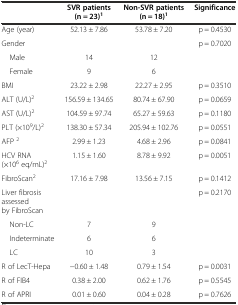
|  | SVR patients (n = 23)1 | Non-SVR patients (n = 18)1 | Significance |
 | --- | --- | --- | --- |
 | Age (year) | 52.13 ± 7.86 | 53.78 ± 7.20 | p = 0.4530 |
 | Gender |  |  | p = 0.7020 |
 | Male | 14 | 12 |  |
 | Female | 9 | 6 |  |
 | BMI | 23.22 ± 2.98 | 22.27 ± 2.95 | p = 0.3510 |
 | ALT (U/L)2 | 156.59 ± 134.65 | 80.74 ± 67.90 | p = 0.0659 |
 | AST (U/L)2 | 104.59 ± 97.74 | 65.27 ± 59.63 | p = 0.1180 |
 | PLT (×109/L)2 | 138.30 ± 57.34 | 205.94 ± 102.76 | p = 0.0551 |
 | AFP 2 | 2.99 ± 1.23 | 4.68 ± 2.96 | p = 0.0841 |
 | HCV RNA (×106 eq/mL)2 | 1.15 ± 1.60 | 8.78 ± 9.92 | p = 0.0051 |
 | FibroScan2 | 17.16 ± 7.98 | 13.56 ± 7.15 | p = 0.1412 |
 | Liver fibrosis assessed by FibroScan |  |  | p = 0.2170 |
 | Non-LC | 7 | 9 |  |
 | Indeterminate | 6 | 6 |  |
 | LC | 10 | 3 |  |
 | R of LecT-Hepa | −0.60 ± 1.48 | 0.79 ± 1.54 | p = 0.0031 |
 | R of FIB4 | 0.38 ± 2.00 | 0.62 ± 1.76 | p = 0.5545 |
 | R of APRI | 0.01 ± 0.60 | 0.04 ± 0.28 | p = 0.7626 |